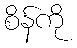
စိန်ကို